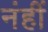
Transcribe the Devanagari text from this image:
नंहीं